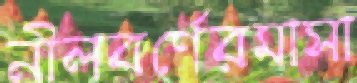
নীলবর্ণেরমাসা